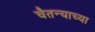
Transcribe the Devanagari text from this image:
चैतन्याच्या